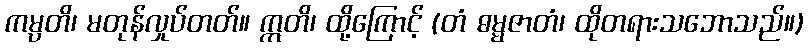
ကမ္ပတိ၊ မတုန်လှုပ်တတ်။ ဣတိ၊ ထို့ကြောင့် (တံ ဓမ္မဇာတံ၊ ထိုတရားသဘောသည်။)